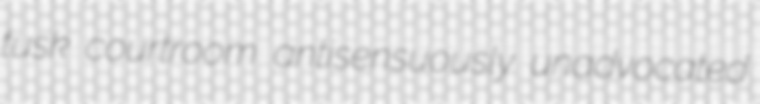
tusk courtroom antisensuously unadvocated